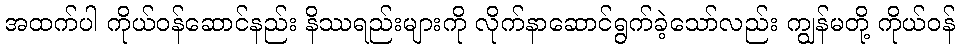
အထက်ပါ ကိုယ်ဝန်ဆောင်နည်း နိဿရည်းများကို လိုက်နာဆောင်ရွက်ခဲ့သော်လည်း ကျွန်မတို့ ကိုယ်ဝန်